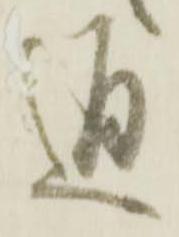
通